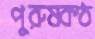
পুরুষকণ্ঠ